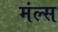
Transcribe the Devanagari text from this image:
मंल्स